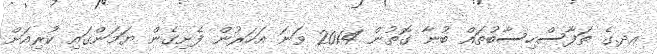
އދ.ގެ ތަފާސްހިސާބުތައް ބުނާ ގޮތުން 2014 ވަނަ އަހަރުން ފެށިގެން ޔަމަންގައި ކުރިއަށް